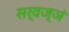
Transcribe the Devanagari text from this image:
सर्वज्ञं